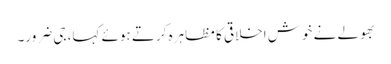
بھولے نے خوش اخلاقی کا مظاہرہ کرتے ہوئے کہا، جی ضرور۔